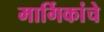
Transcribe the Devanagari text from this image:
मार्गिकांचे